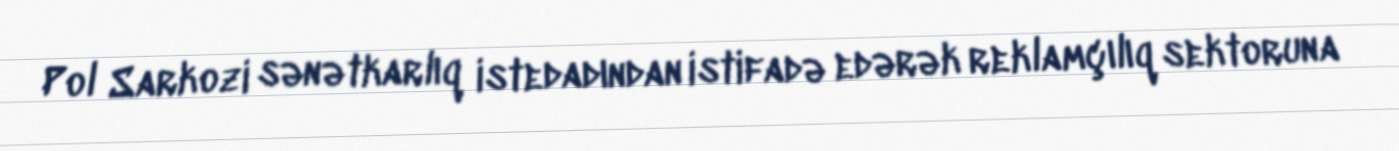
Pol Sarkozi sənətkarlıq istedadından istifadə edərək reklamçılıq sektoruna